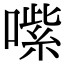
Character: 㗪